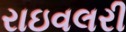
રાઇવલરી